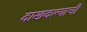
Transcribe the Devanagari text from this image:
दाखवल्याची